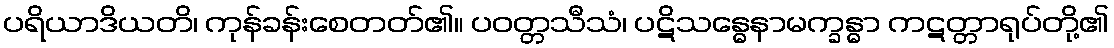
ပရိယာဒိယတိ၊ ကုန်ခန်းစေတတ်၏။ ပဝတ္တသီသံ၊ ပဋိသန္ဓေနာမက္ခန္ဓာ ကဋတ္တာရုပ်တို့၏